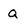
Character: Q